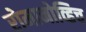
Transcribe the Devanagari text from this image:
रोमानोव्हिच